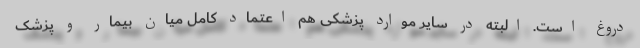
دروغ است. البته در سایر موارد پزشکی هم اعتماد کامل میان بیمار و پزشک